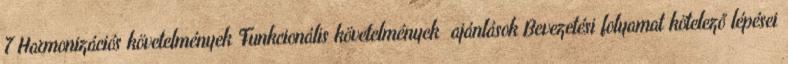
7 Harmonizációs követelmények Funkcionális követelmények ajánlások Bevezetési folyamat kötelező lépései